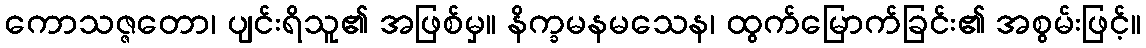
ကောသဇ္ဇတော၊ ပျင်းရိသူ၏ အဖြစ်မှ။ နိက္ခမနမသေန၊ ထွက်မြောက်ခြင်း၏ အစွမ်းဖြင့်။